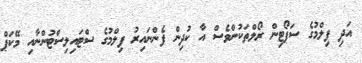
އަދި ފިލްމުގެ ސަޕޯޓިން ރޯލްތަކުންވެސް އާ ކުދިން ފެންނައިރު ފިލްމުގެ ސްޓައިލިސްޓުންނާއި މޭކަޕް